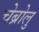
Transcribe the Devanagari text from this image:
चेब्रोलु